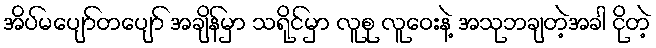
အိပ်မပျော်တပျော် အချိန်မှာ သရိုင်မှာ လူစု လူဝေးနဲ့ အသုဘချတဲ့အခါ ငိုတဲ့